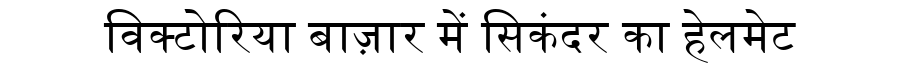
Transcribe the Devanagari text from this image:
विक्टोरिया बाज़ार में सिकंदर का हेलमेट